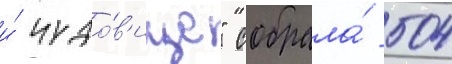
и́ чудо́в'ище" собрала́ 504